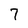
Character: 7